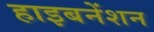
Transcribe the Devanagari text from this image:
हाइबनेंशन